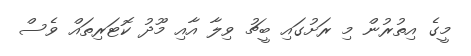
މީގެ އިތުރުން މި ރަށުގައި ބީޗު ވިލާ އާއި މޫދު ކޮޓަރިތައް ވެސް